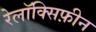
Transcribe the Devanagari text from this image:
रेलॉक्सिफ़ीन